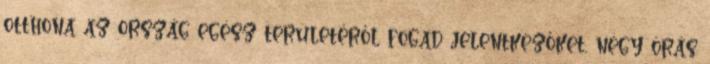
otthona az ország egész területéről fogad jelentkezőket, négy órás